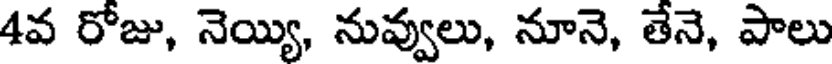
4వ రోజు, నెయ్యి, నువ్వులు, నూనె, తేనె, పాలు